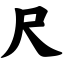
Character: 尺